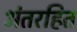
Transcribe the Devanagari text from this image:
अंतरहित